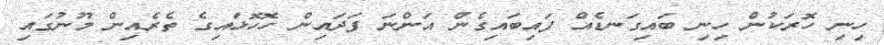
ހިނި ހޮރަކުން ހިނި ބައިގަނޑެއް ފައިބައިގެން އަންނަ ފަދައިން ހޮހޮޅައިގެ ތެރެއިން މޫނުގައި